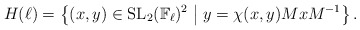
\begin{align*}H(\ell)=\left\{ (x,y) \in \operatorname{SL}_2(\mathbb{F}_\ell)^2 \bigm\vert y=\chi(x,y) MxM^{-1} \right\}.\end{align*}